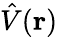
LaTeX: \hat{V}(\mathbf{r})